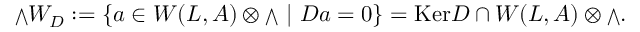
{ { \scriptstyle \bigwedge } } W _ { D } : = \{ a \in W ( L , { \cal A } ) \otimes { \scriptstyle \bigwedge } \ | \ D a = 0 \} = \mathrm { K e r } D \cap W ( L , { \cal A } ) \otimes { \scriptstyle \bigwedge } .